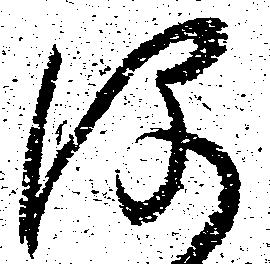
河